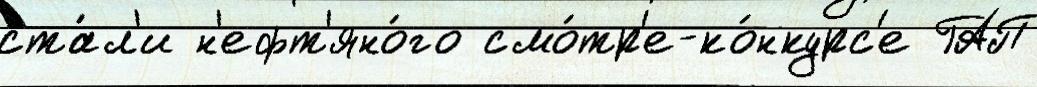
ста́л'и н'ефт'яно́го смо́тр'е-ко́нкурс'е ГАП